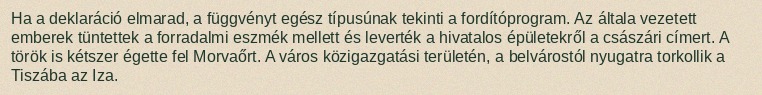
Ha a deklaráció elmarad, a függvényt egész típusúnak tekinti a fordítóprogram. Az általa vezetett emberek tüntettek a forradalmi eszmék mellett és leverték a hivatalos épületekről a császári címert. A török is kétszer égette fel Morvaőrt. A város közigazgatási területén, a belvárostól nyugatra torkollik a Tiszába az Iza.